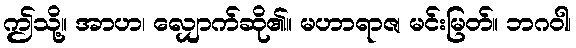
ဤသို့။ အာဟ၊ လျှောက်ဆို၏။ မဟာရာဇ၊ မင်းမြတ်။ ဘဂဝါ၊